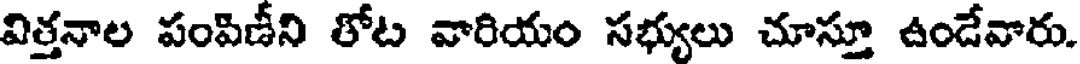
విత్తనాల పంపిణీని తోట వారియం సభ్యులు చూస్తూ ఉండేవారు.